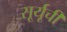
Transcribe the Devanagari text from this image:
सूर्यूची